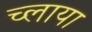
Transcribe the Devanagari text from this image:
च्लाया